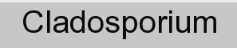
Cladosporium